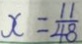
x = \frac { 1 1 } { 4 8 }